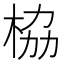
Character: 栛